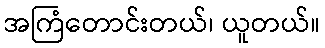
အကြံတောင်းတယ်၊ ယူတယ်။